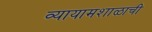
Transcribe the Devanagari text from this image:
व्यायामशाळाची